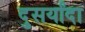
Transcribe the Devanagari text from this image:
दुसर्यांदा